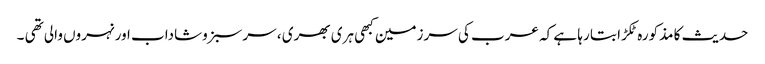
حدیث کا مذکورہ ٹکڑا بتا رہا ہے کہ عرب کی سرزمین کبھی ہری بھری ، سرسبزوشاداب اور نہروں والی تھی ۔